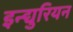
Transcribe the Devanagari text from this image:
इन्द्युरियन